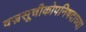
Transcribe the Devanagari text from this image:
वज्रसूचीकोपनिषदाच्या